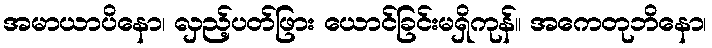
အမာယာပိနော၊ လှည့်ပတ်ဖြား ယောင်ခြင်းမရှိကုန်။ အကေတုဘိနော၊